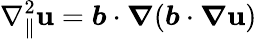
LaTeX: \nabla_{\parallel}^{2}\mathbf{u}=\boldsymbol{b}\cdot\boldsymbol{\nabla}(\boldsymbol{b}\cdot\boldsymbol{\nabla}\mathbf{u})